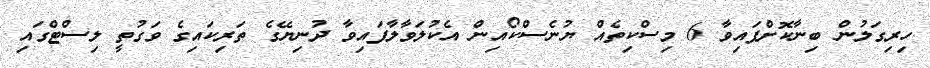
ހިރިގަލުން ބިނާކޮށްފައިވާ 6 މިސްކިތެއް ޔުނެސްކޯއިން އެކުލަވާލާފައިވާ ދުނިޔޭގެ ތަރިކައިގެ ވަގުތީ ލިސްޓްގައި